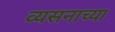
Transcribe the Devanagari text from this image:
व्यसनाच्या